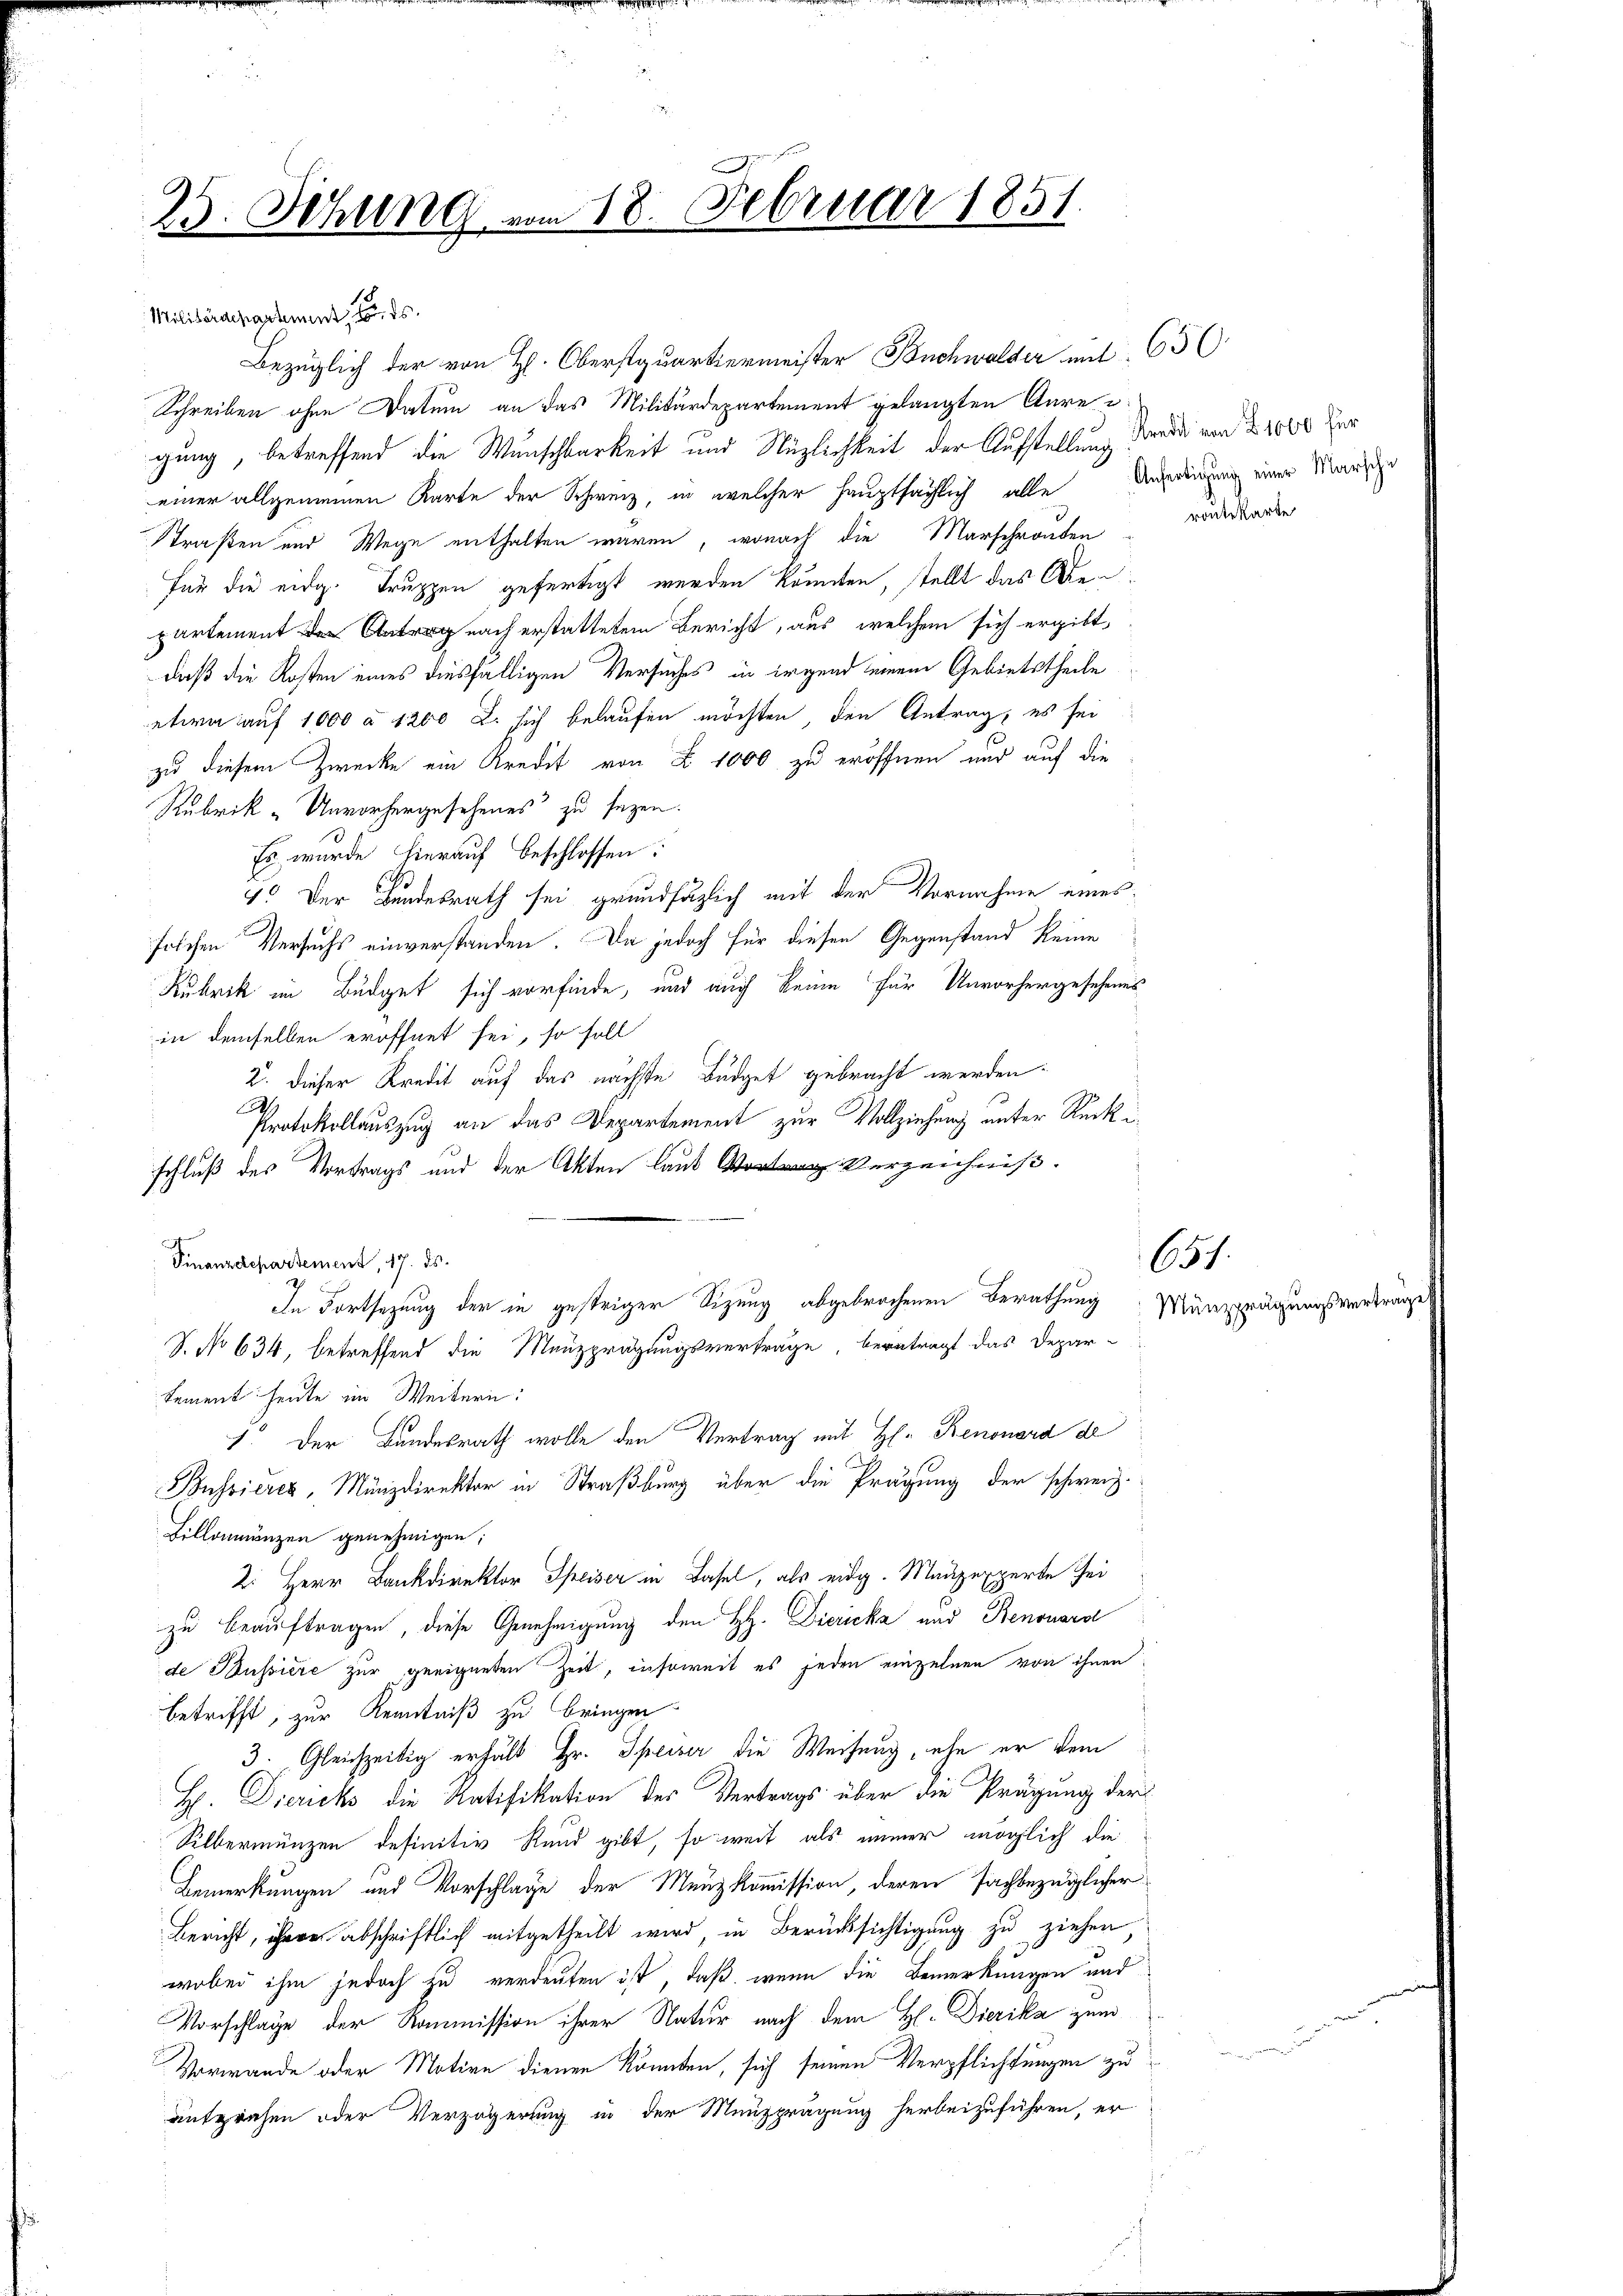
25. Sitzung vom 18. Februar 1851

Militärdepartement, d
Schreiben ohne Datum an das Militärdepartement gelangten Aureigung, betreffend die Wunschbarkeit und Nüzlichkeit der Aufstellung werde von 2000 der
einer allgemeinen Karte der Schweiz, in welcher hauptsächlich alle Angerdingung einer Marie
Straßen und Wege enthalten wären, wonach die Marschranden
Für die eidg. Truppen gefertigt werden könnten, stellt das Obenpartement nach erstattetem Bericht, aus, welchem sich ergibt,
daß die Kosten eines diesfälligen Versuches in irgend einem Gebietstheile
etwa auf 1000 à 1200 l. sich belaufen möchten den Antrag, es sei
zu diesem Zwecke ein Kredit von Z. 1000 zu eröffnen und auf die
Rubrik „Unvorhergesehenes“ zu sezen.
Es wurde hierauf beschlossen:
4. Der Bundesrath sei grundsätzlich mit der Vornahme eines
solchen Versuchs einverstanden. Da jedoch für diesen Gegenstand keine
Rubrik im Büdget sich vorfinde, und auch keine für Unvorhergesehenes
in demselben eröffnet sei, so soll
2. dieser Kredit auf das nächste Büdget gebracht werden.
.
Protokollauszug an das Departement zur Vollziehung unter Rückischluß des Vortrags und der Akten laut Verzeichniß.
Finanzdepartement, 17. ds.
In Fortsezung der in gestriger Sizung abgebrochenen Berathung. Münzprägungsvertrage
S. No 634, betreffend die Menzprägungsvertrage, beantragt das Depar
tement heute im Weitern:
1. Der Bundesrath wolle den Vertrag mit H. Renonora de
Bussieres, Münzdirektor in Straßburg über die Prägung der schweiz.
Billonnänzen genehmigen;
2: Herr Bankdirektor Speiser in Basel, als eidg. Mauzexperte sei
zu beauftragen, diese Genehmigung den H. Diezicka und Benouara
de Bussiere zur geeigneten Zeit, insoweit es jeden einzelnen von ihnen
betrifft, zur Kenntniß zu bringen
3. Gleichzeitig erhält Hr. Speiser die Weisung, ehe er dem
H. Diezicks die Ratifikation des Vertrags über die Prägung der
Silbermunzen definitiv Rund gibt, so weit als immer möglich die
Bemerkungen und Vorschlage der Menzkommission, deren sachbezüglicher
Bericht, ihren abschriftlich mitgetheilt wird, in Berücksichtigung zu ziehen,
wobei ihm jedoch zu verdeuten ist, daß wenn die Bemerkungen und
Vorschlage der Kommission ihrer Natur nach dem H. Dierika zum
Vorwande oder Motive dienen könnten, sich seinen Verpflichtungen zu
enfprühen oder Verzögerung in der Menzprägung herbeizuführen, er

Bezüglich der von H. Oberstquartiermeister Buchwalder mit 63 (

routekarte

657.